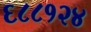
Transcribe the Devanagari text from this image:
६८८१२४